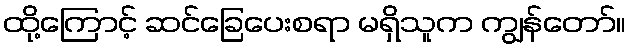
ထို့ကြောင့် ဆင်ခြေပေးစရာ မရှိသူက ကျွန်တော်။